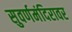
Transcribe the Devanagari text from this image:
सुवर्णमंदिरावर